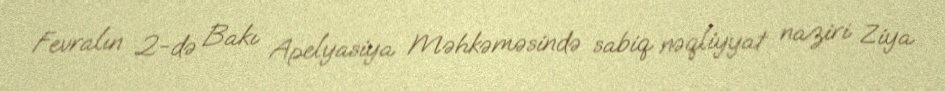
Fevralın 2-də Bakı Apelyasiya Məhkəməsində sabiq nəqliyyat naziri Ziya